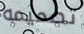
تصميمه